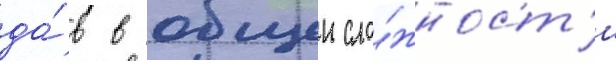
да́в в общеи сло́жност'и